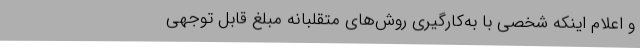
و اعلام اینکه شخصی با به‌کارگیری روش‌های متقلبانه مبلغ قابل توجهی